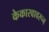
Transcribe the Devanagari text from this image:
केकारवावरून